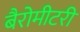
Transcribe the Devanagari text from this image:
बैरोमीटरी